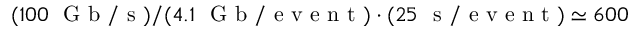
( 1 0 0 ~ \mathrm { ~ G ~ b ~ / ~ s ~ } ) / ( 4 . 1 ~ \mathrm { ~ G ~ b ~ / ~ e ~ v ~ e ~ n ~ t ~ } ) \cdot ( 2 5 ~ \mathrm { ~ s ~ / ~ e ~ v ~ e ~ n ~ t ~ } ) \simeq 6 0 0